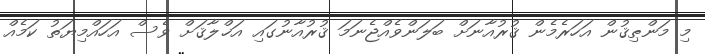
މި މަންޠިޤުން އަހަރެމެން ޤުރުއާނަށް ބަލަންވެއްޖެނަމަ ޤުރުއާނުގައި އަޚްލާޤަށް ވެސް އަހައްމިޔަތު ކަމެއް